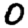
Digit: 0